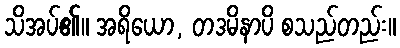
သိအပ်၏။ အရိယော, တဒမိနာပိ စသည်တည်း။